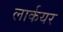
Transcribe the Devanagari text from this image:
लार्कयर